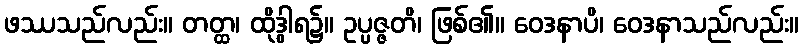
ဖဿသည်လည်း။ တတ္ထ၊ ထိုဒွါရ၌။ ဥပ္ပဇ္ဇတိ၊ ဖြစ်၏။ ဝေဒနာပိ၊ ဝေဒနာသည်လည်း။